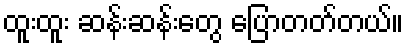
ထူးထူး ဆန်းဆန်းတွေ ပြောတတ်တယ်။